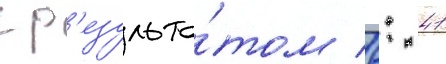
с р'езульта́том 6: 41